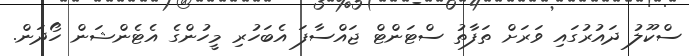
ސްކޫލު ދައުރުގައި ވަރަށް ތަފާތު ސްޓަންޓް ޖައްސާފަ އެބަހުރި މީހުންގެ އެޓެންޝަން ހޯދަން.